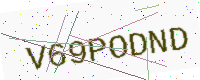
Text: V69PODND